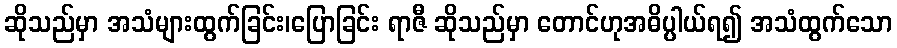
ဆိုသည်မှာ အသံများထွက်ခြင်း၊ပြောခြင်း ရာဇီ ဆိုသည်မှာ တောင်ဟုအဓိပ္ပါယ်ရ၍ အသံထွက်သော